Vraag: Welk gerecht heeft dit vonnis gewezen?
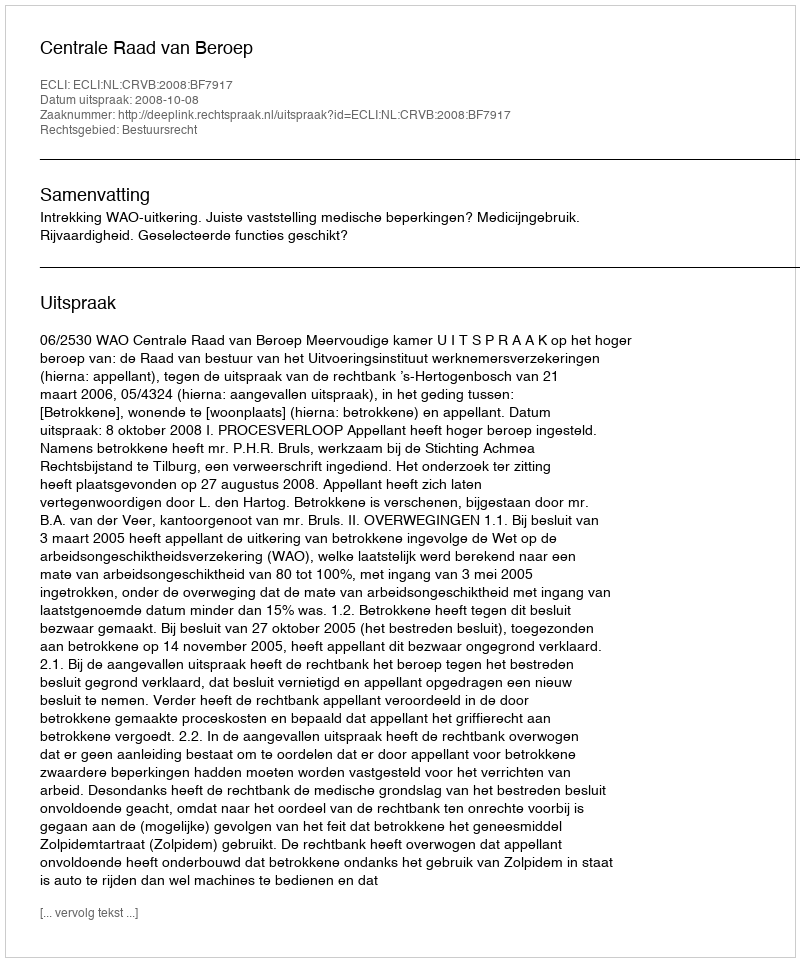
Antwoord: Centrale Raad van Beroep